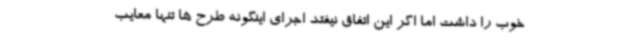
خوب را داشت اما اگر این اتفاق نیفتد اجرای اینگونه طرح ها تنها معایب